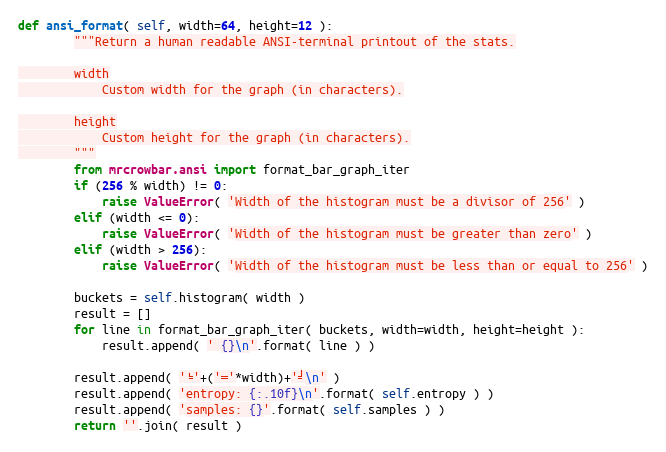
Language: Python
def ansi_format( self, width=64, height=12 ):
        """Return a human readable ANSI-terminal printout of the stats.

        width
            Custom width for the graph (in characters).

        height
            Custom height for the graph (in characters).
        """
        from mrcrowbar.ansi import format_bar_graph_iter
        if (256 % width) != 0:
            raise ValueError( 'Width of the histogram must be a divisor of 256' )
        elif (width <= 0):
            raise ValueError( 'Width of the histogram must be greater than zero' )
        elif (width > 256):
            raise ValueError( 'Width of the histogram must be less than or equal to 256' )

        buckets = self.histogram( width )
        result = []
        for line in format_bar_graph_iter( buckets, width=width, height=height ):
            result.append( ' {}\n'.format( line ) )

        result.append( '╘'+('═'*width)+'╛\n' )
        result.append( 'entropy: {:.10f}\n'.format( self.entropy ) )
        result.append( 'samples: {}'.format( self.samples ) )
        return ''.join( result )